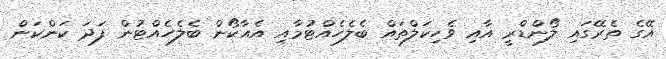
އޭގެ ތެރޭގައި ލޯންޑްރީ އާއި ވެހިކަލްތައް ބެލެހެއްޓުމާއި އެއާކޯން ބެލެހެއްޓުން ފަދަ ކަންކަން